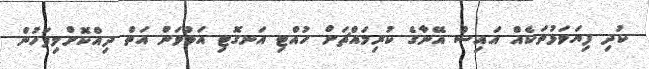
ކުދި ފިޔަވަޅުތަކެއް އައިސް އޭނާގެ ކުރިމައްޗަށް ހުއްޓި އަނގޮޓި އަޅުވަން އަތް ދިއްކޮށްލިފަހުން